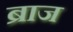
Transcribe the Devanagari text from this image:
ब्राज